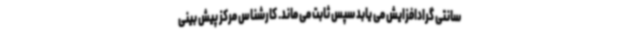
سانتی گرادافزایش می یابد سپس ثابت می ماند. کارشناس مرکز پیش بینی